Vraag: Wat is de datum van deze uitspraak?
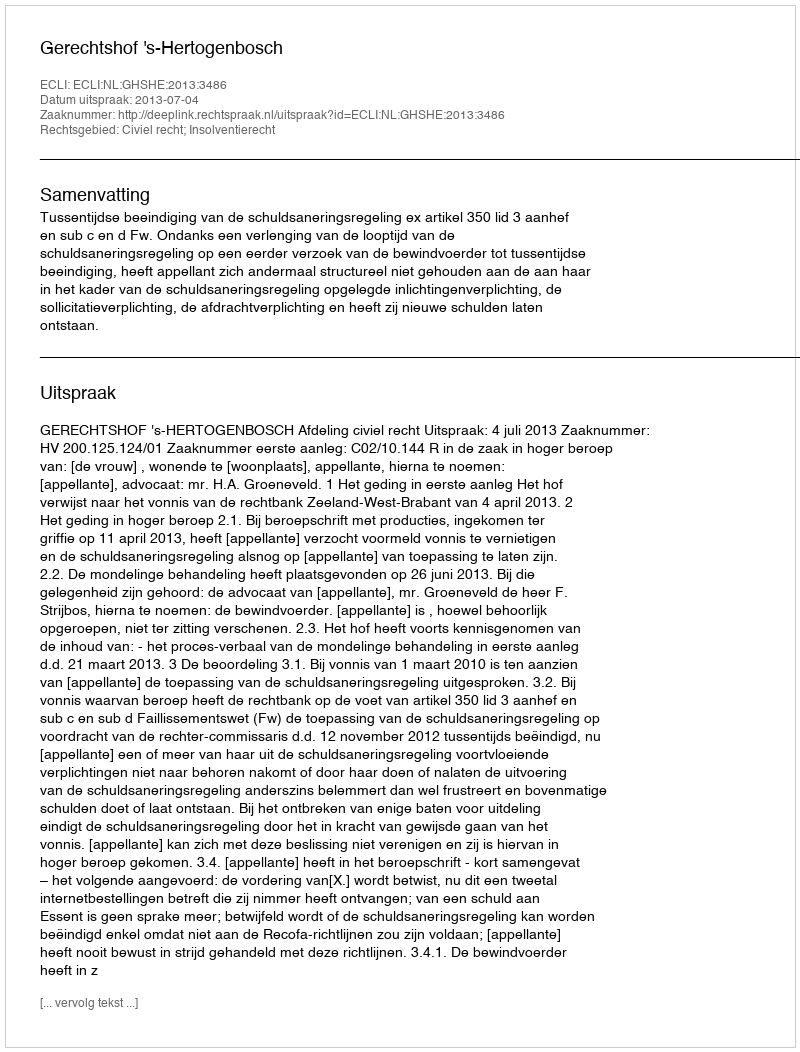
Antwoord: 2013-07-04